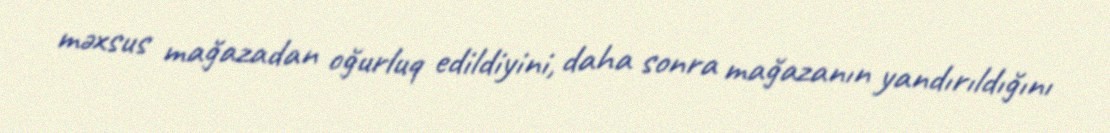
məxsus mağazadan oğurluq edildiyini, daha sonra mağazanın yandırıldığını